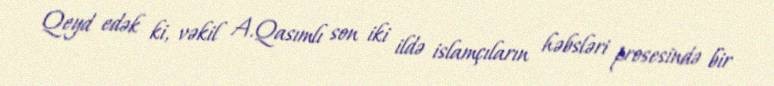
Qeyd edək ki, vəkil A.Qasımlı son iki ildə islamçıların həbsləri prosesində bir